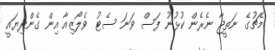
މެޗުގެ ނަތީޖާ ނެރެން ކުޅުނު ފަސް ވަނަ ސެޓު ވެލޯޒިއާ އިން ގެންދިޔައީ